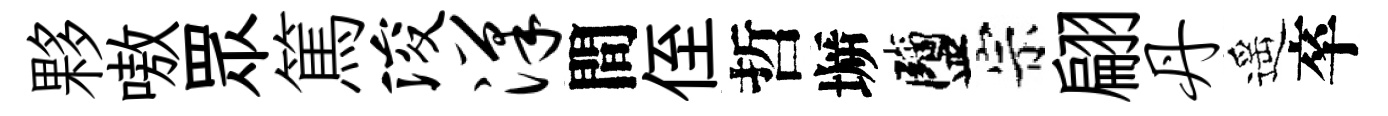
夥嗷眾篤浚汉間侄哲󶱲鹽宗翩丹遥卒